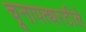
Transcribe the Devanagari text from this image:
चूनापत्थरटीले